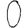
Digit: 0